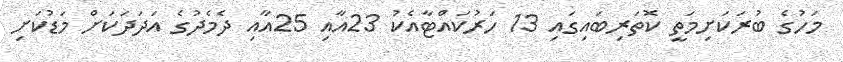
މަހުގެ ބުރަކަށިމަތީ ކޮތަރިބައިގައި 13 ހަރުކައްޓާއެކު 23އާއި 25އާއި ދެމެދުގެ އަދަދަކަށް މަޑުކަށި